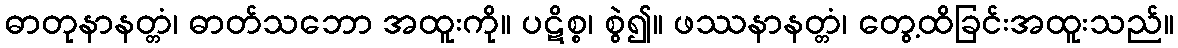
ဓာတုနာနတ္တံ၊ ဓာတ်သဘော အထူးကို။ ပဋိစ္စ၊ စွဲ၍။ ဖဿနာနတ္တံ၊ တွေ့ထိခြင်းအထူးသည်။